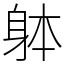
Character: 躰